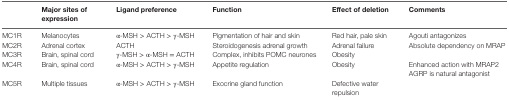
|  | Major sites of expression | Ligand preference | Function | Effect of deletion | Comments |
 | --- | --- | --- | --- | --- | --- |
 | MC1R | Melanocytes | α-MSH > ACTH > γ-MSH | Pigmentation of hair and skin | Red hair, pale skin | Agouti antagonizes |
 | MC2R | Adrenal cortex | ACTH | Steroidogenesis adrenal growth | Adrenal failure | Absolute dependency on MRAP |
 | MC3R | Brain, spinal cord | γ-MSH > α-MSH = ACTH | Complex, inhibits POMC neurones | Obesity |  |
 | MC4R | Brain, spinal cord | α-MSH > ACTH > γ-MSH | Appetite regulation | Obesity | Enhanced action with MRAP2 AGRP is natural antagonist |
 | MC5R | Multiple tissues | α-MSH > ACTH > γ-MSH | Exocrine gland function | Defective water repulsion |  |